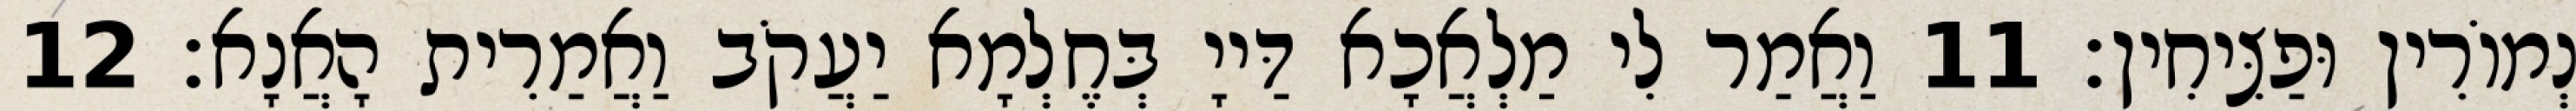
נְמוֹרִין וּפַצִּיחִין׃ 11 וַאֲמַר לִי מַלְאֲכָא דַּייָ בְּחֶלְמָא יַעֲקֹב וַאֲמַרִית הָאֲנָא׃ 12